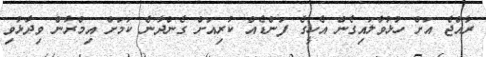
ރާއްޖެ އަށް ހުޅުވާލައިގެން އެހީގެ ފަންޑެއް ކުރިއަށް ގެންދާނެ ކަމަށް އިމްރާން ވިދާޅުވި